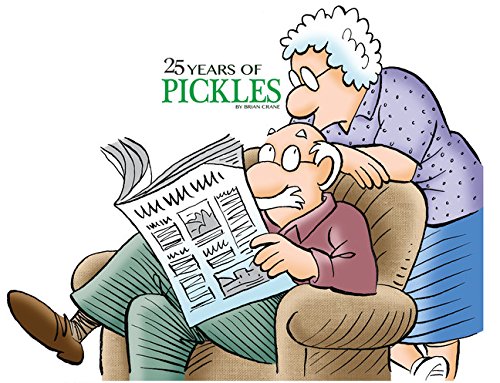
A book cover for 25 Years of Pickles; Brian Crane; Comics & Graphic Novels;